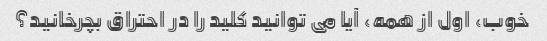
خوب، اول از همه، آیا می توانید کلید را در احتراق بچرخانید؟